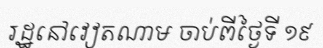
រដ្ឋនៅវៀតណាម ចាប់ពីថ្ងៃទី ១៩